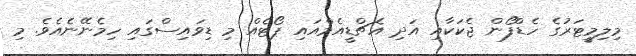
މިލިމީޓަރުގެ ހެޑްފޯން ޖެކަކާއި އަދި އެޗްޑީއެމްއައި ޕޯޓެއް މި ޑިވައިސްގައި ހިމެނޭނެއެވެ. މި